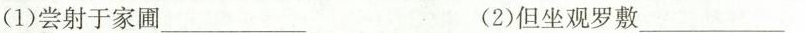
⑴\underset{·}{尝}射于家圃___ ⑵\underset{·}{但}坐观罗敷___